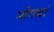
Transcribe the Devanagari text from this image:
मोगथां